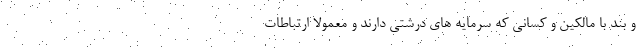
و بند با مالکین و کسانی که سرمایه های درشتی دارند و معمولا ارتباطات